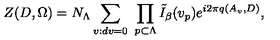
\left. Z ( D , \Omega ) = N _ { \Lambda } \sum _ { v : d v = 0 } \ \prod _ { p \subset \Lambda } \tilde { I } _ { \beta } ( v _ { p } ) e ^ { i 2 \pi q ( A _ { v } , D ) } , \right.